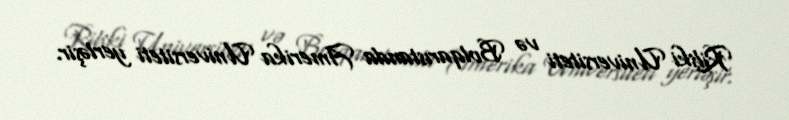
Rilski Universiteti və Bolqarıstanda Amerika Universiteti yerləşir.